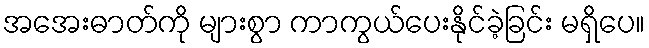
အအေးဓာတ်ကို များစွာ ကာကွယ်ပေးနိုင်ခဲ့ခြင်း မရှိပေ။